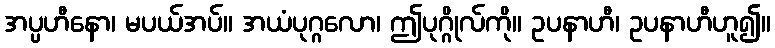
အပ္ပဟီနော၊ မပယ်အပ်။ အယံပုဂ္ဂလော၊ ဤပုဂ္ဂိုလ်ကို။ ဥပနာဟီ၊ ဥပနာဟီဟူ၍။